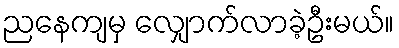
ညနေကျမှ လျှောက်လာခဲ့ဦးမယ်။